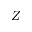
Z